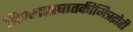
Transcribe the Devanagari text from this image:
विश्वासघातकीमित्रद्रोही